Report on sanitation, dispensaries, and jails in Rajputana for 1912, and on vaccination for the year 1912-1913 - 1912-1913
Year: 1912
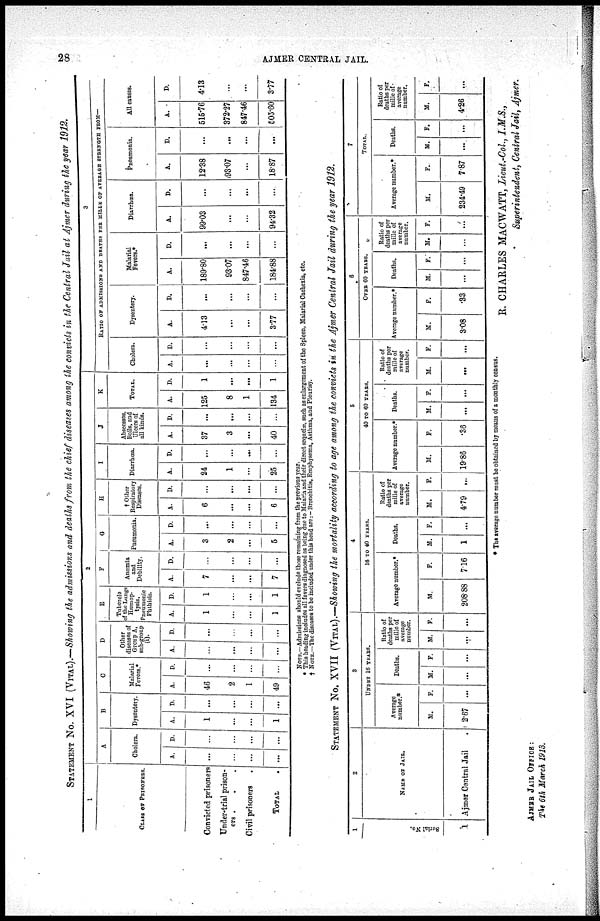
28
AJMER CENTRAL JAIL.
STATEMENT No. XVI (VITAL).—Showing the admissions and deaths from the chief diseases among the convicts in the Central Jail at Ajmer during the year 1912.
1
CLASS OF PRISONERS.
Convicted prisoners
Under-trial prison-
ers . . .
Civil prisoners .
TOTAL .
2
A
Cholera.
A.
...
...
...
...
D.
...
...
...
...
B
Dysentery.
A.
1
...
...
1
D.
...
...
...
...
C
Malarial
Fevers.*
A.
46
2
1
49
D.
...
...
...
...
D
Other
diseases of
Group A,
sub-group
(i).
A.
...
...
...
...
D.
...
...
...
...
E
Tubercle
of the Lungs
Hæmop¬
tysis.
Pneumonic
Phthisis.
A.
1
...
...
1
D.
1
...
...
1
F
Anæmia
and
Debility.
A.
7
...
...
7
D.
...
...
...
...
G
Pneumonia.
A.
3
2
...
5
D.
...
...
...
...
H
† Other
Respiratory
Diseases.
A.
6
...
...
6
D.
...
...
...
...
I
Diarrhœa.
A.
24
1
...
25
D.
...
...
...
...
J
Abseesses,
Boils, and
Ulcers of
all kinds.
A.
37
3
...
40
D.
...
...
...
...
K
TOTAL.
A.
125
8
1
134
D.
1
...
...
1
3
RATIO OF ADMISSIONS AND DEATHS PER MILLS OF AVERAGE STRENGTH FROM—
Cholera.
A.
...
...
...
...
D.
...
...
...
...
Dysentery.
A.
4.13
...
...
3.77
D.
...
...
...
...
Malarial
Fevers.*
A.
189.80
93.07
847.46
184.88
D.
...
...
...
...
Diarrhœa.
A.
99.03
...
...
94.32
D.
...
...
...
...
Pneumonia.
A.
12.38
93.07
...
18.87
D.
...
...
...
...
All causes.
A.
515.76
372.27
847.46
505.60
D.
4.13
...
...
3.77
NOTE.—Admissions should exclude those remaining from the previous year.
* This heading includes all fevers diagnosed as being due to Malaria and their direct sequelæ. such as enlargement of the Spleen, Malarial Cachexia, etc.
† NOTE.— The diseases to be included under this head are: - Bronchitis, Emphysema, Asthma, and Pleurisy.
STATEMENT No. XVII (VITAL).—Showing the mortality according to age among the convicts in the Ajmer Central Jail during the year 1912.
1
Serial No.
1
2
NAME OF JAIL.
Ajmer Central Jail
3
UNDER 16 YEARS.
Average
number.*
M.
2.67
F.
...
Deaths.
M.
...
F.
...
Ratio of
deaths per
mille of
average
number.
M.
...
F.
...
4
18 TO 40 YEARS.
Average number.*
M.
208.88
F.
7.16
Deaths.
M.
1
F.
...
Ratio of
deaths per
mille of
average
number.
M.
4.79
F.
...
5
40 TO 40 YEARS.
Average number.*
M.
19.86
F.
.36
Deaths.
H.
...
F.
...
Ratio of
deaths per
mille of
average
number.
M.
...
F.
...
6
OVER 60 YEARS.
Average number.
M.
3.08
F.
.33
Deaths.
M.
...
F.
...
Ratio of
deaths per
mille of
average
number.
M.
F.
...
7
TOTAL.
Average number.
M.
234.49
F.
7.87
Deaths.
M.
...
F.
...
Ratio of
deaths per
mille of
average
number.
M.
4.26
F.
...
* The average number must be obtained by means of a monthly census.
R. CHARLES MACWATT, Lieut. Col., I.M.S.,
Superintendent, Central Jail, Ajmer.
AJMER JAIL OFFICE :
The 6th March 1913.